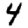
Digit: 4